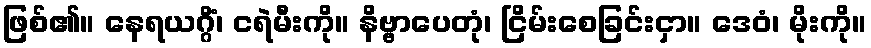
ဖြစ်၏။ နေရယဂ္ဂိံ၊ ငရဲမီးကို။ နိဗ္ဗာပေတုံ၊ ငြိမ်းစေခြင်းငှာ။ ဒေဝံ၊ မိုးကို။